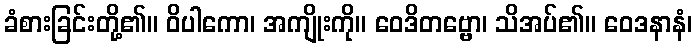
ခံစားခြင်းတို့၏။ ဝိပါကော၊ အကျိုးကို။ ဝေဒိတဗ္ဗော၊ သိအပ်၏။ ဝေဒနာနံ၊